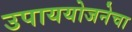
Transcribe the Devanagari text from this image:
उपाययोजनेचा